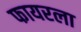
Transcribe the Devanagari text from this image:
फायरला